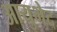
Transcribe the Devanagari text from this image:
आयुभेद